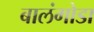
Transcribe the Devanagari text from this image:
बालंगोडा